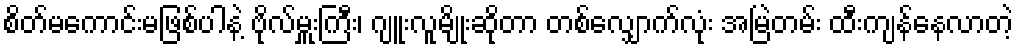
စိတ်မကောင်းမဖြစ်ပါနဲ့ ဗိုလ်မှူးကြီး၊ ဂျူးလူမျိုးဆိုတာ တစ်လျှောက်လုံး အမြဲတမ်း ထီးကျန်နေလာတဲ့